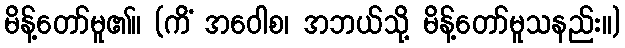
မိန့်တော်မူ၏။ (ကိံ အဝေါစ၊ အဘယ်သို့ မိန့်တော်မူသနည်း။)